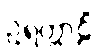
ဥရတ္တာဠိံ